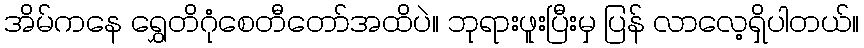
အိမ်ကနေ ရွှေတိဂုံစေတီတော်အထိပဲ။ ဘုရားဖူးပြီးမှ ပြန် လာလေ့ရှိပါတယ်။